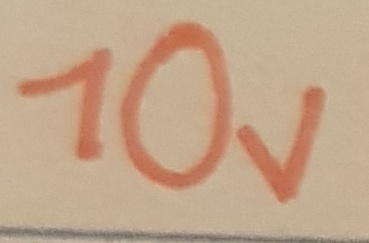
Text: 10V